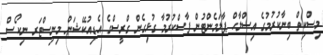
މިސްކިތް ބިނާކުރުމުގެ އިސްލާހް ޕާލަމެންޓުން ފާސްކުރުމާ ގުޅިގެން ގްރީސްގެ އެޑިއުކޭޝަން މިނިސްޓަރ ނިކޯސް